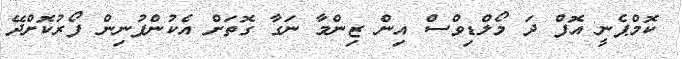
ކޮމްޕެނީ އޮފް ދަ މޯލްޑިވްސް އިން ޒިންމާ ނަގާ ގޮތަށް އެކުންފުނިން ފޯރުކޮށްދޭ